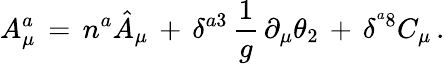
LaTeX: A_{\mu}^{a}\, =\, n^{a}\hat{A}_{\mu}\, +\, \delta^{a3}\, \frac{1}{g}\, \partial_{\mu}\theta_{2}\, +\, \delta^{^a8}C_{\mu}\, .